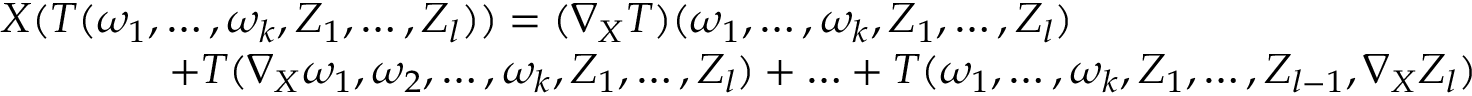
\begin{array} { r l } & { X ( T ( \omega _ { 1 } , \dots , \omega _ { k } , Z _ { 1 } , \dots , Z _ { l } ) ) = ( \nabla _ { X } T ) ( \omega _ { 1 } , \dots , \omega _ { k } , Z _ { 1 } , \dots , Z _ { l } ) } \\ & { \qquad \qquad + T ( \nabla _ { X } \omega _ { 1 } , \omega _ { 2 } , \dots , \omega _ { k } , Z _ { 1 } , \dots , Z _ { l } ) + \ldots + T ( \omega _ { 1 } , \dots , \omega _ { k } , Z _ { 1 } , \dots , Z _ { l - 1 } , \nabla _ { X } Z _ { l } ) } \end{array}